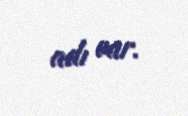
adı var.